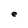
Character: e